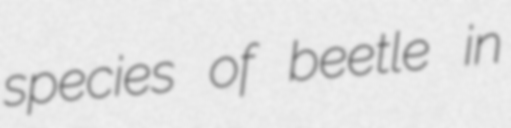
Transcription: species of beetle in